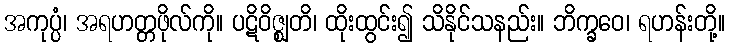
အကုပ္ပံ၊ အရဟတ္တဖိုလ်ကို။ ပဋိဝိဇ္ဈတိ၊ ထိုးထွင်း၍ သိနိုင်သနည်း။ ဘိက္ခဝေ၊ ရဟန်းတို့။